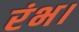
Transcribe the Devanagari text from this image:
रंभ।